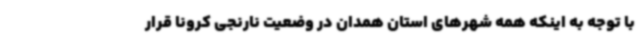
با توجه به اینکه همه شهرهای استان همدان در وضعیت نارنجی کرونا قرار